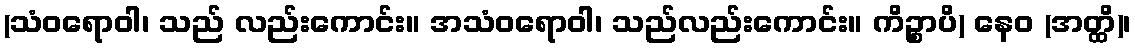
(သံဝရောဝါ၊ သည် လည်းကောင်း။ အသံဝရောဝါ၊ သည်လည်းကောင်း။ ကိဉ္စာပိ) နေဝ (အတ္ထိ)၊